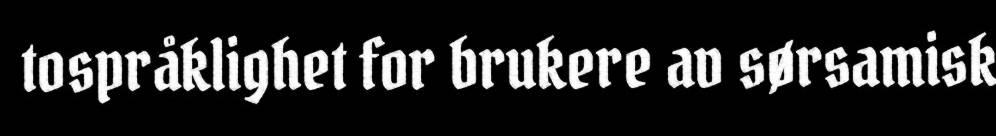
tospråklighet for brukere av sørsamisk